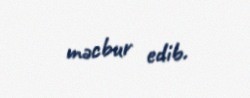
məcbur edib.